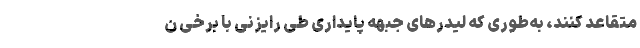
متقاعد كنند، به‌طوری كه لیدرهای جبهه پایداری طی رایزنی‌ با برخی ن